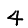
Digit: 4